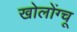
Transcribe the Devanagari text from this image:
खोलोंग्चू